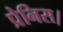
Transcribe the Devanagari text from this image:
प्रेनिस।